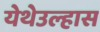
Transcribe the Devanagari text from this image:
येथेउल्हास